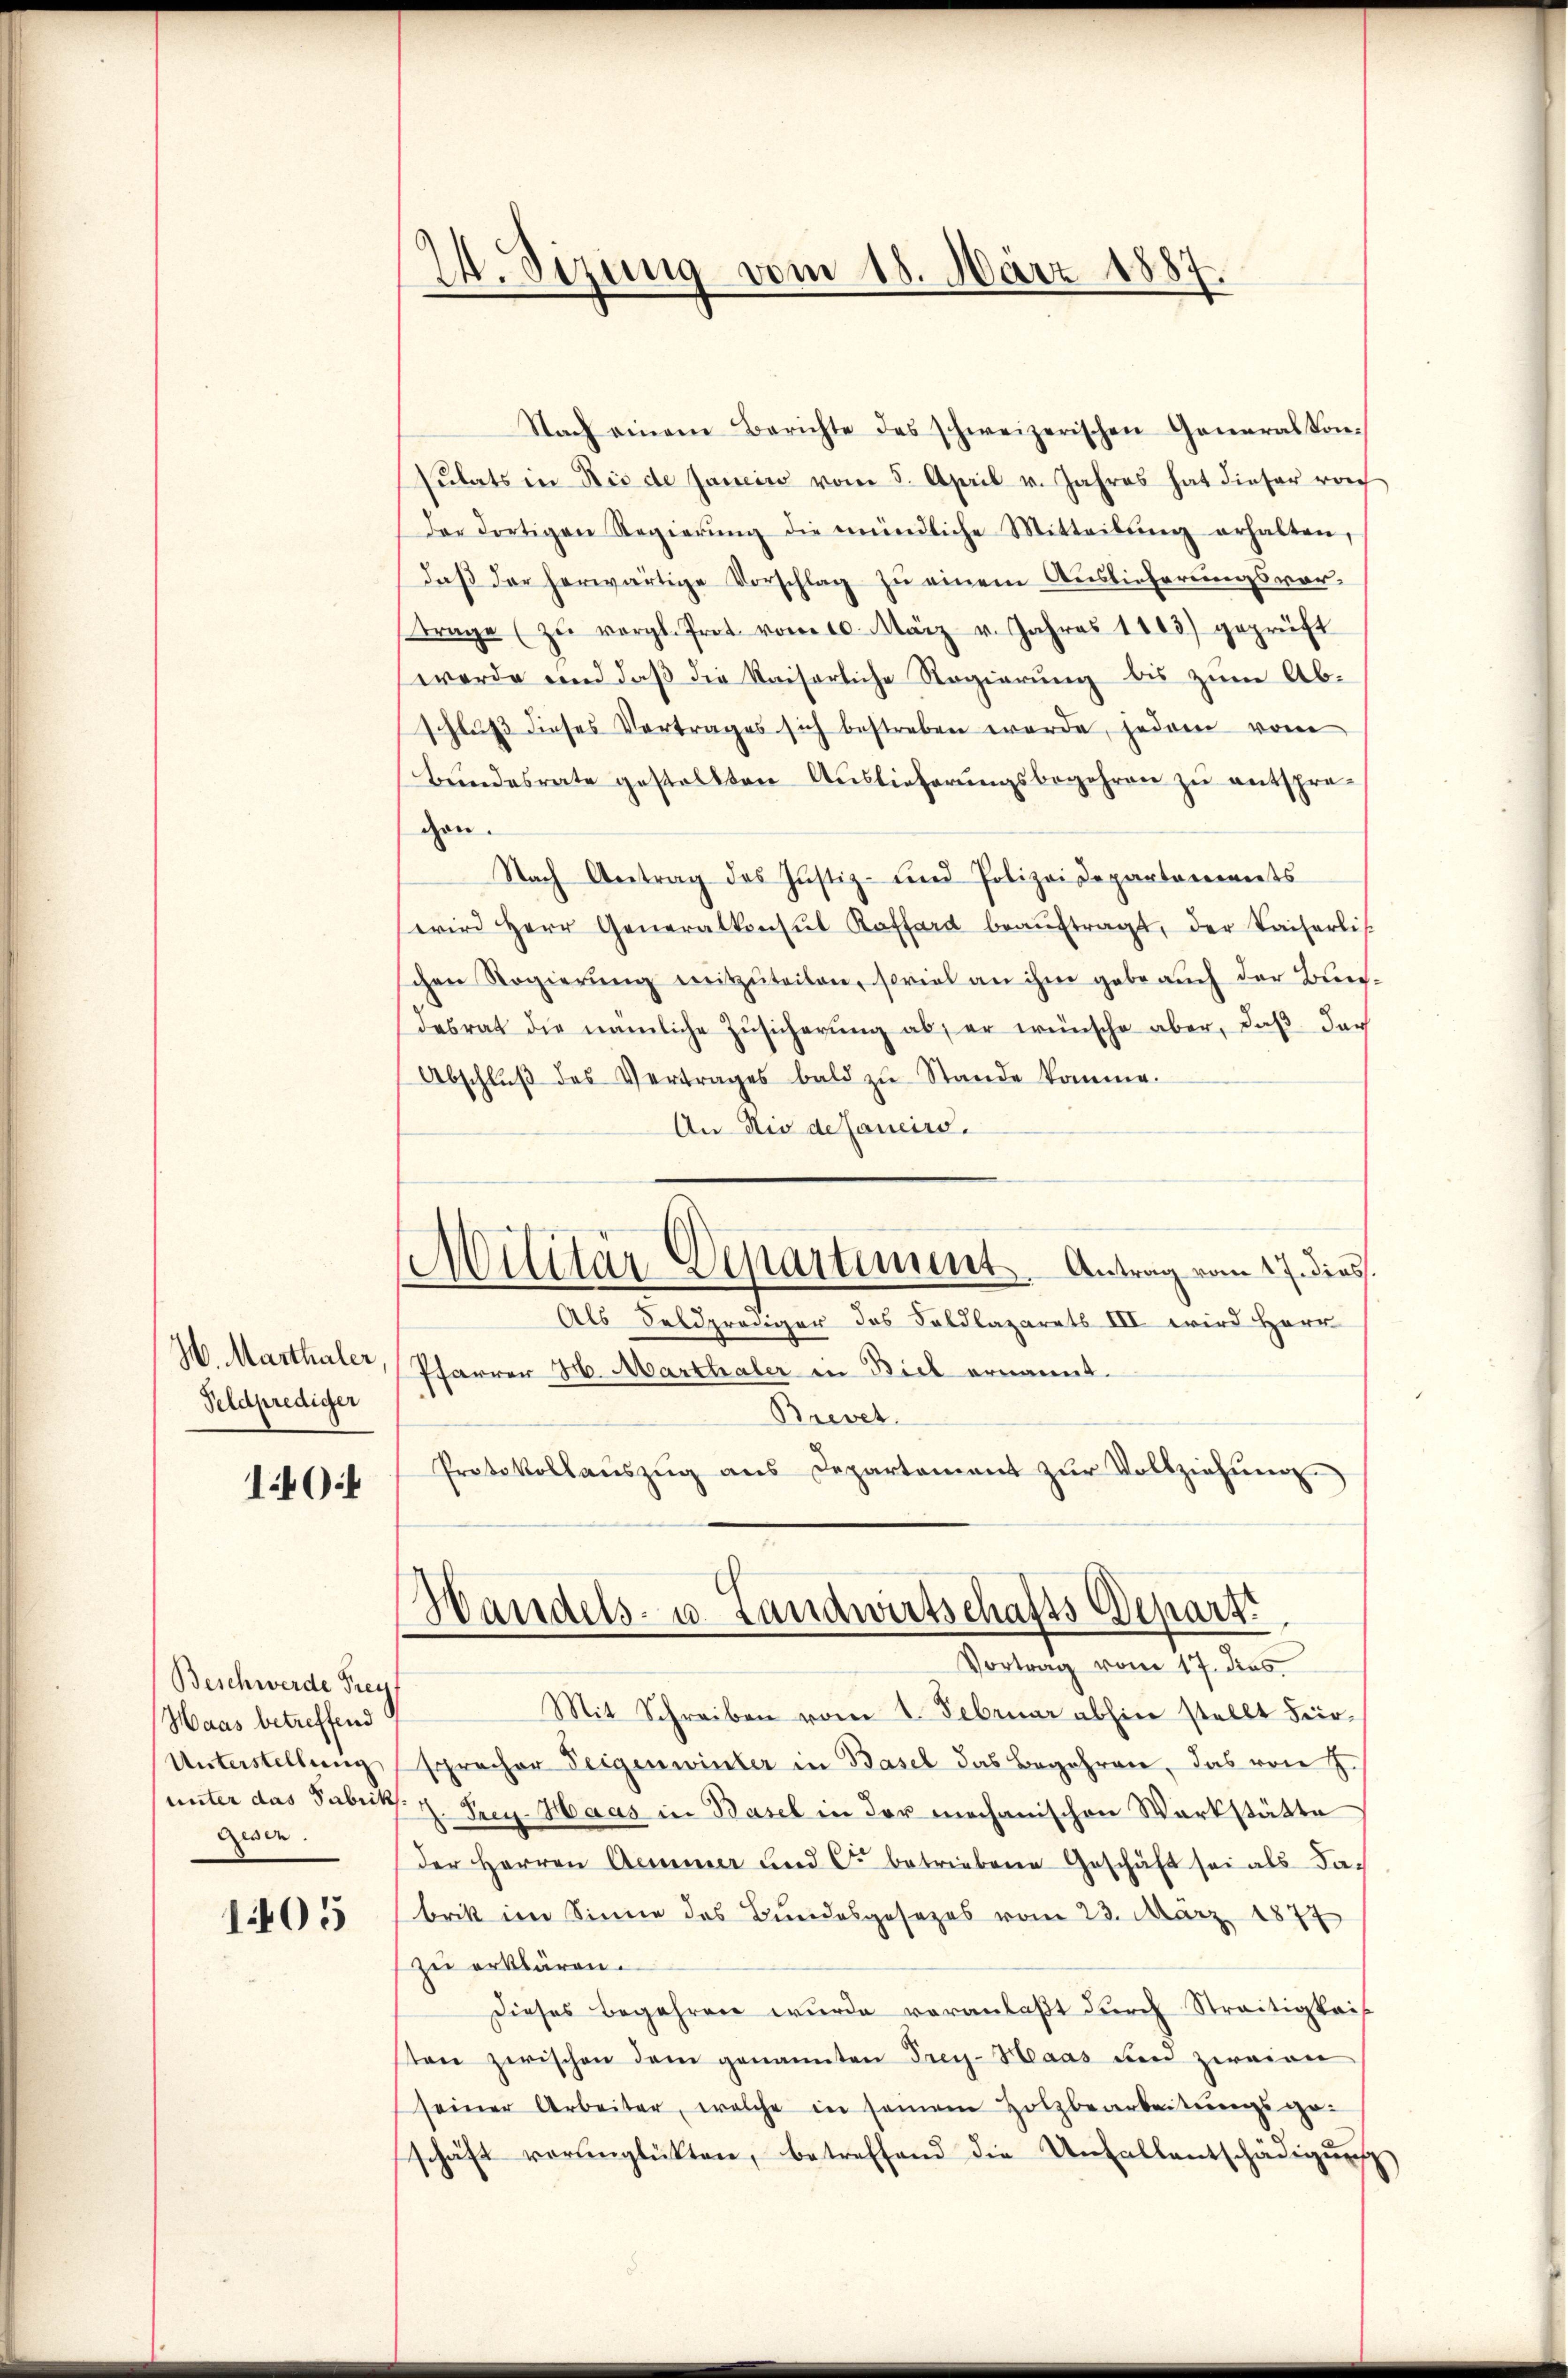
H. Marthaler
Feldprediger

144

Beschwerde Frey
Haas betreffend
Unterstellung
unter das Fabrik
Gode.

1405

D.Sizung vom 18. März 1887

Nach einem Berichte des schweizerischen Generalkon-
Sŭlats in Bis de Janein vom 5. April v. Jahres hat dieser rech
der dortigen Regierŭng die mündliche Mitteilŭng erhalten,
daß der herwärtige Vorschlag zu einem Auslieferungsvortrage (zŭ vergl. Prot. vom 10. März v. Jahres 1803) geprüft
werde und daß die Kaiserliche Regierung bis zum Abschluß dieses Vertrages sich bestreben werde, jedem vom
Bundesrate gestellten Auslieferungsbegehren zu entsprecon.
Nach Antrag des Justiz- und Polizeidepartements
wird Herr Generalkonsul Kafferd beaŭftragt, der Kaiserlis
schen Regierŭng mitzŭteilen, soviel an ihm gabe auch der Bun-
desrat die nämliche Zusicherung ab; er wünsche aber, daß das
Abschlŭβ des Vertrages bald zŭ Stande komme.
An Nio delancirs.
Als Feldprediger das Foldlazarets III wird Herr
Pfarrer 26. Marthaler in Biel ernannt.
Brevet.
Protokollauszug aus Departement zŭr Vollziehung
Handels- u. Landwirtschafts Depart
Vortrag vom 17. dies
Mit Schreiben vom 1. Februar abhin stellt Fer-
sprecher Teigenwinter in Basel das Begehren, das von J.
.Prey. Haas in Basel in der mechanischen Werkstätte
der Herren Aeminer und C. betriebene Geschäft sei als da-
brik im Sinne des Bundesgesezes vom 23. März 1877
zu erklären.
Dieses Begehren wurde veranlaßt durch Streitigkeit
sten zwischen dem genannten Frey-Haas und zweien
seiner Arbeiter, welche in seinem Holzbearbeitungsgeschäft vornglükten, betreffend die Unfallentschädigŭng

Militär-Departiment Antrag vom 27. dies